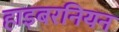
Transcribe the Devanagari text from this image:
हाइबरनियन